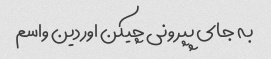
به جای پپرونی چیکن اوردین واسم